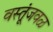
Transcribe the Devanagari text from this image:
वस्तूंजवळ